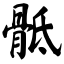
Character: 骶